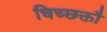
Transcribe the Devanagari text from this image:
चिच्छक्तौ